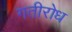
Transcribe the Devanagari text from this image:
गतीरोध